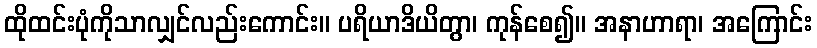
ထိုထင်းပုံကိုသာလျှင်လည်းကောင်း။ ပရိယာဒိယိတွာ၊ ကုန်စေ၍။ အနာဟာရာ၊ အကြောင်း